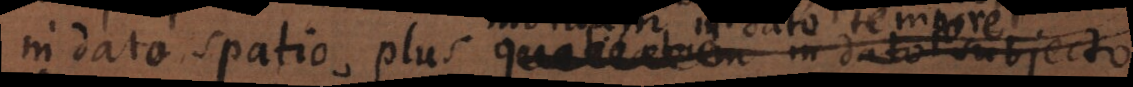
in dato spatio, plus motuum in dato tempore,